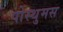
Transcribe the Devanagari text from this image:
पोस्थुमस